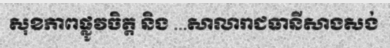
សុខភាពផ្លូវចិត្ត និង ...សាលារាជធានីសាងសង់